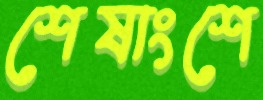
শেষাংশে